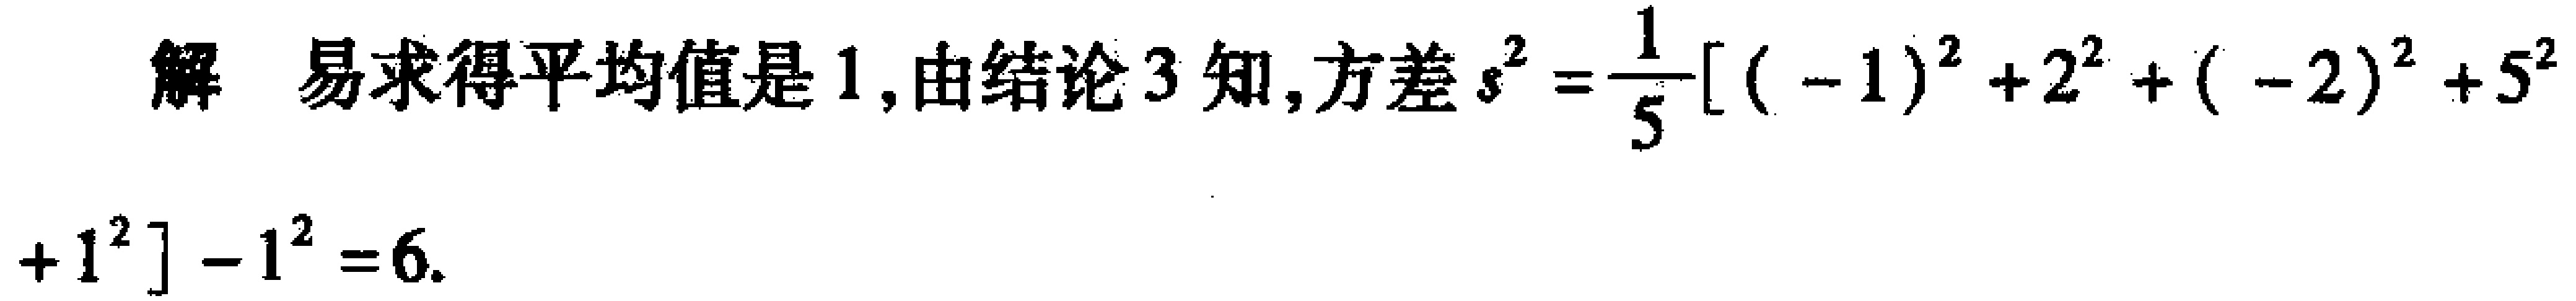
解 易求得平均值是 1,由结论 3 知,方差 \(s^{2}=\frac{1}{5}[(-1)^{2}+2^{2}+(-2)^{2}+5^{2}+1^{2}]-1^{2}=6\).